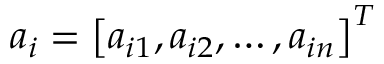
a _ { i } = \left[ a _ { i 1 } , a _ { i 2 } , \ldots , a _ { i n } \right] ^ { T }